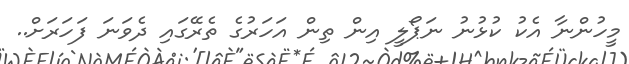
މީހުންނާ އެކު ކުޅުނު ނަޕޯލީ އިން ތިން އަހަރުގެ ތެރޭގައި ދެވަނަ ފަހަރަށް..